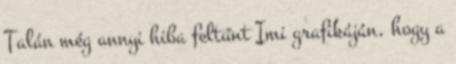
Talán még annyi hiba feltűnt Imi grafikáján, hogy a